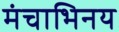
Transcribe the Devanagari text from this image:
मंचाभिनय